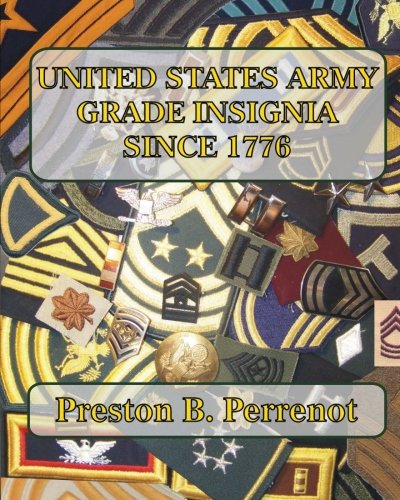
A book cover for United States Army Grade Insignia Since 1776; Preston B. Perrenot; History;